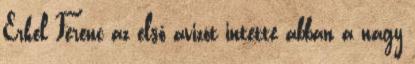
Erkel Ferenc az első avizót intette abban a nagy